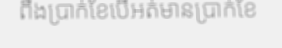
ពឹងប្រាក់ខែបើអត់មានប្រាក់ខែ